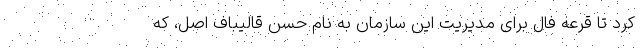
کرد تا قرعه فال برای مدیریت این سازمان به نام حسن قالیباف اصل، که